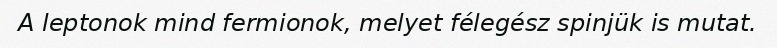
A leptonok mind fermionok, melyet félegész spinjük is mutat.